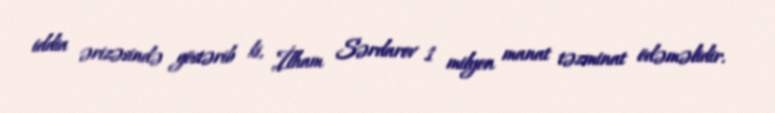
iddia ərizəsində göstərib ki, İlham Sərdarov 1 milyon manat təzminat ödəməlidir.